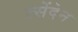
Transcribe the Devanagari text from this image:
त्सेंदेन